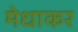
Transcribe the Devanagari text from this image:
मेधाकर